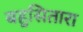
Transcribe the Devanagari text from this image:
बहुसितारा